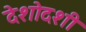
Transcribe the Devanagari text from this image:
देशोदशी